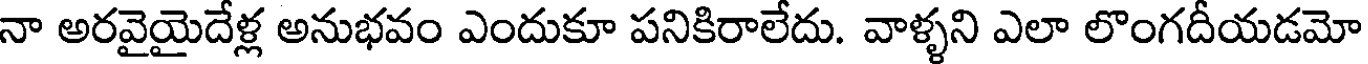
నా అరవైయైదేళ్ల అనుభవం ఎందుకూ పనికిరాలేదు. వాళ్ళని ఎలా లొంగదీయడమో